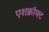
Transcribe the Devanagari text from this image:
एशक्रॉफ्ट